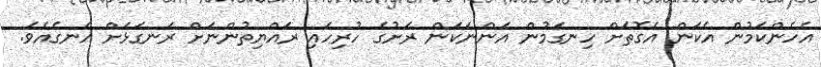
އެހެންކަމުން އެކަން އެގޮތަށް ހިނގަމުން އަންނަކަން ރަށުގެ ހުރިހައި ރައްޔިތުންނަށް ރަނގަޅަށް އެނގެއެވެ.